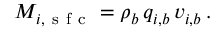
M _ { i , \mathrm { ~ s ~ f ~ c ~ } } = \rho _ { b } \, q _ { i , b } \, v _ { i , b } \, .